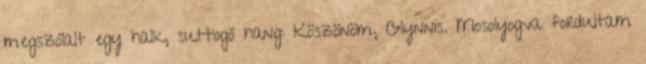
megszólalt egy halk, suttogó hang: Köszönöm, Glynnis. Mosolyogva fordultam